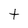
Character: t